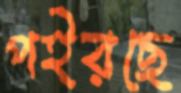
পইরছে